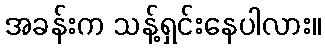
အခန်းက သန့်ရှင်းနေပါလား။